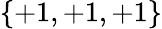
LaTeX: \{ +1,+1,+1\}